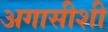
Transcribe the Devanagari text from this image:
अगासीशी